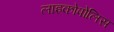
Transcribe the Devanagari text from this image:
लाइकोपोलिस